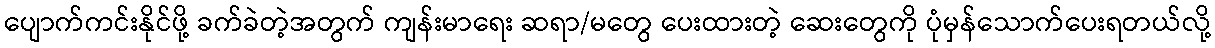
ပျောက်ကင်းနိုင်ဖို့ ခက်ခဲတဲ့အတွက် ကျန်းမာရေး ဆရာ/မတွေ ပေးထားတဲ့ ဆေးတွေကို ပုံမှန်သောက်ပေးရတယ်လို့